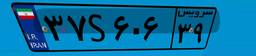
۳۷S۶۰۶۳۹